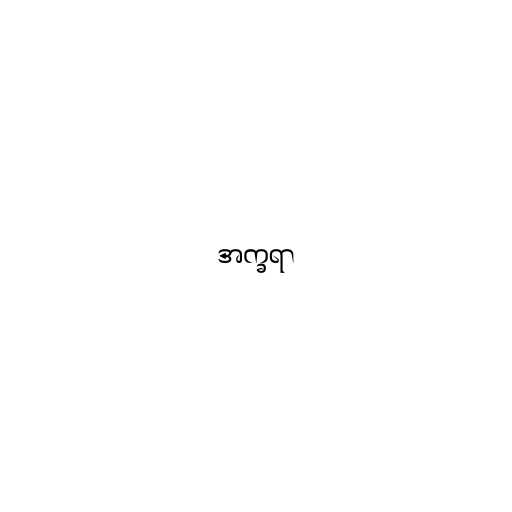
အက္ခရာ